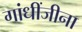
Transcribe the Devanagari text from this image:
गांधींजीना